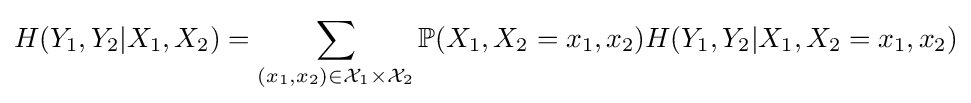
H(Y_{1},Y_{2}|X_{1},X_{2})=\sum _{(x_{1},x_{2})\in {\mathcal {X}}_{1}\times {\mathcal {X}}_{2}}\mathbb {P} (X_{1},X_{2}=x_{1},x_{2})H(Y_{1},Y_{2}|X_{1},X_{2}=x_{1},x_{2})